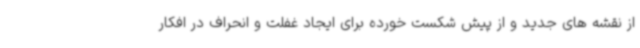
از نقشه های جدید و از پیش شکست خورده برای ایجاد غفلت و انحراف در افکار